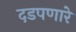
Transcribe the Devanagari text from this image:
दडपणारे